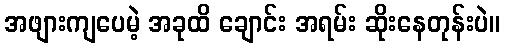
အဖျားကျပေမဲ့ အခုထိ ချောင်း အရမ်း ဆိုးနေတုန်းပဲ။